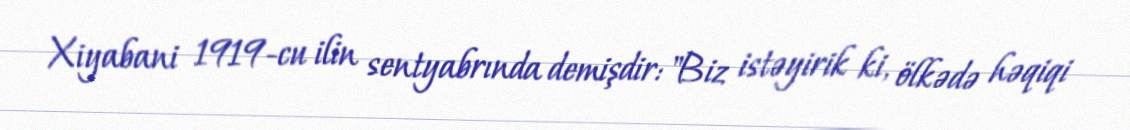
Xiyabani 1919-cu ilin sentyabrında demişdir: "Biz istəyirik ki, ölkədə həqiqi